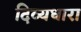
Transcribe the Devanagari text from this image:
दिव्यधारा